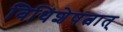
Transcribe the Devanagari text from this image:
विधिशेषत्वात्